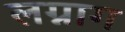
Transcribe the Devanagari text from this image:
लग्नाग